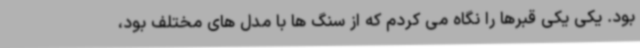
بود. یکی یکی قبرها را نگاه می کردم که از سنگ ها با مدل های مختلف بود،